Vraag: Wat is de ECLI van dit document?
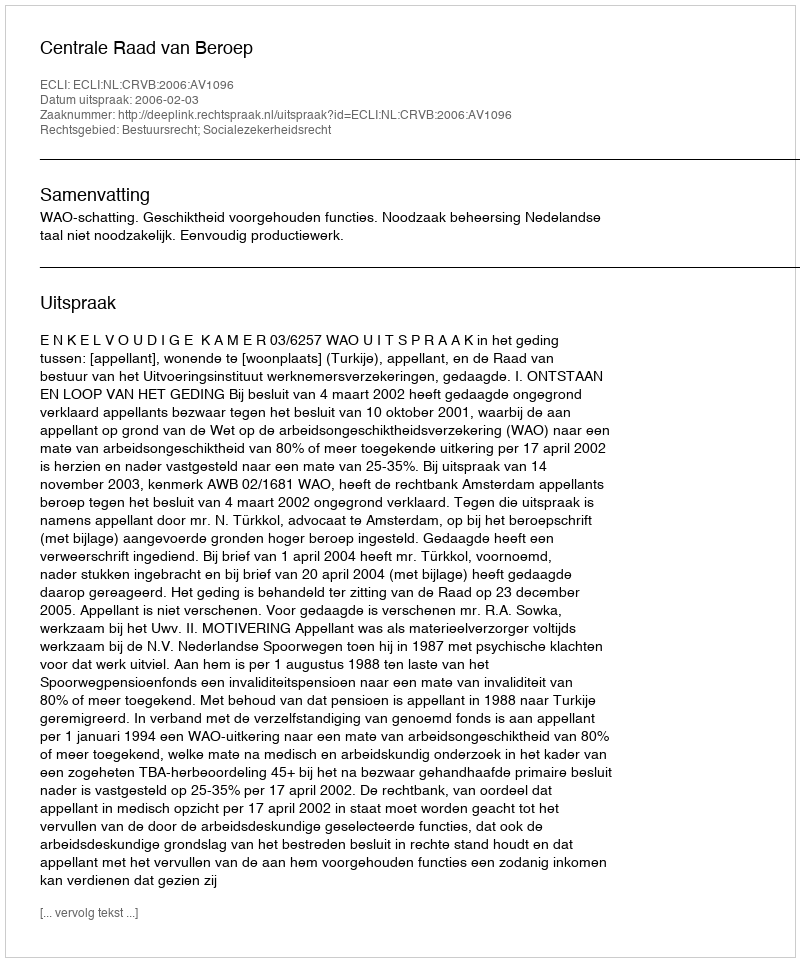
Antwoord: ECLI:NL:CRVB:2006:AV1096